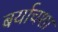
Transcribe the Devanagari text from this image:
बर्याचशा